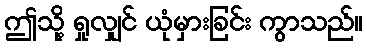
ဤသို့ ရှုလျှင် ယုံမှားခြင်း ကွာသည်။